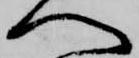
へ